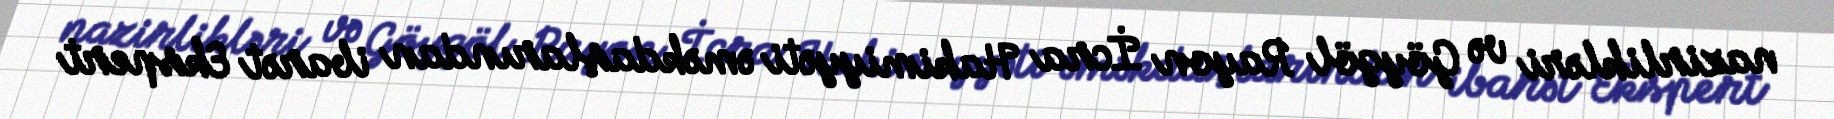
nazirlikləri və Göygöl Rayon İcra Hakimiyyəti əməkdaşlarından ibarət Ekspert